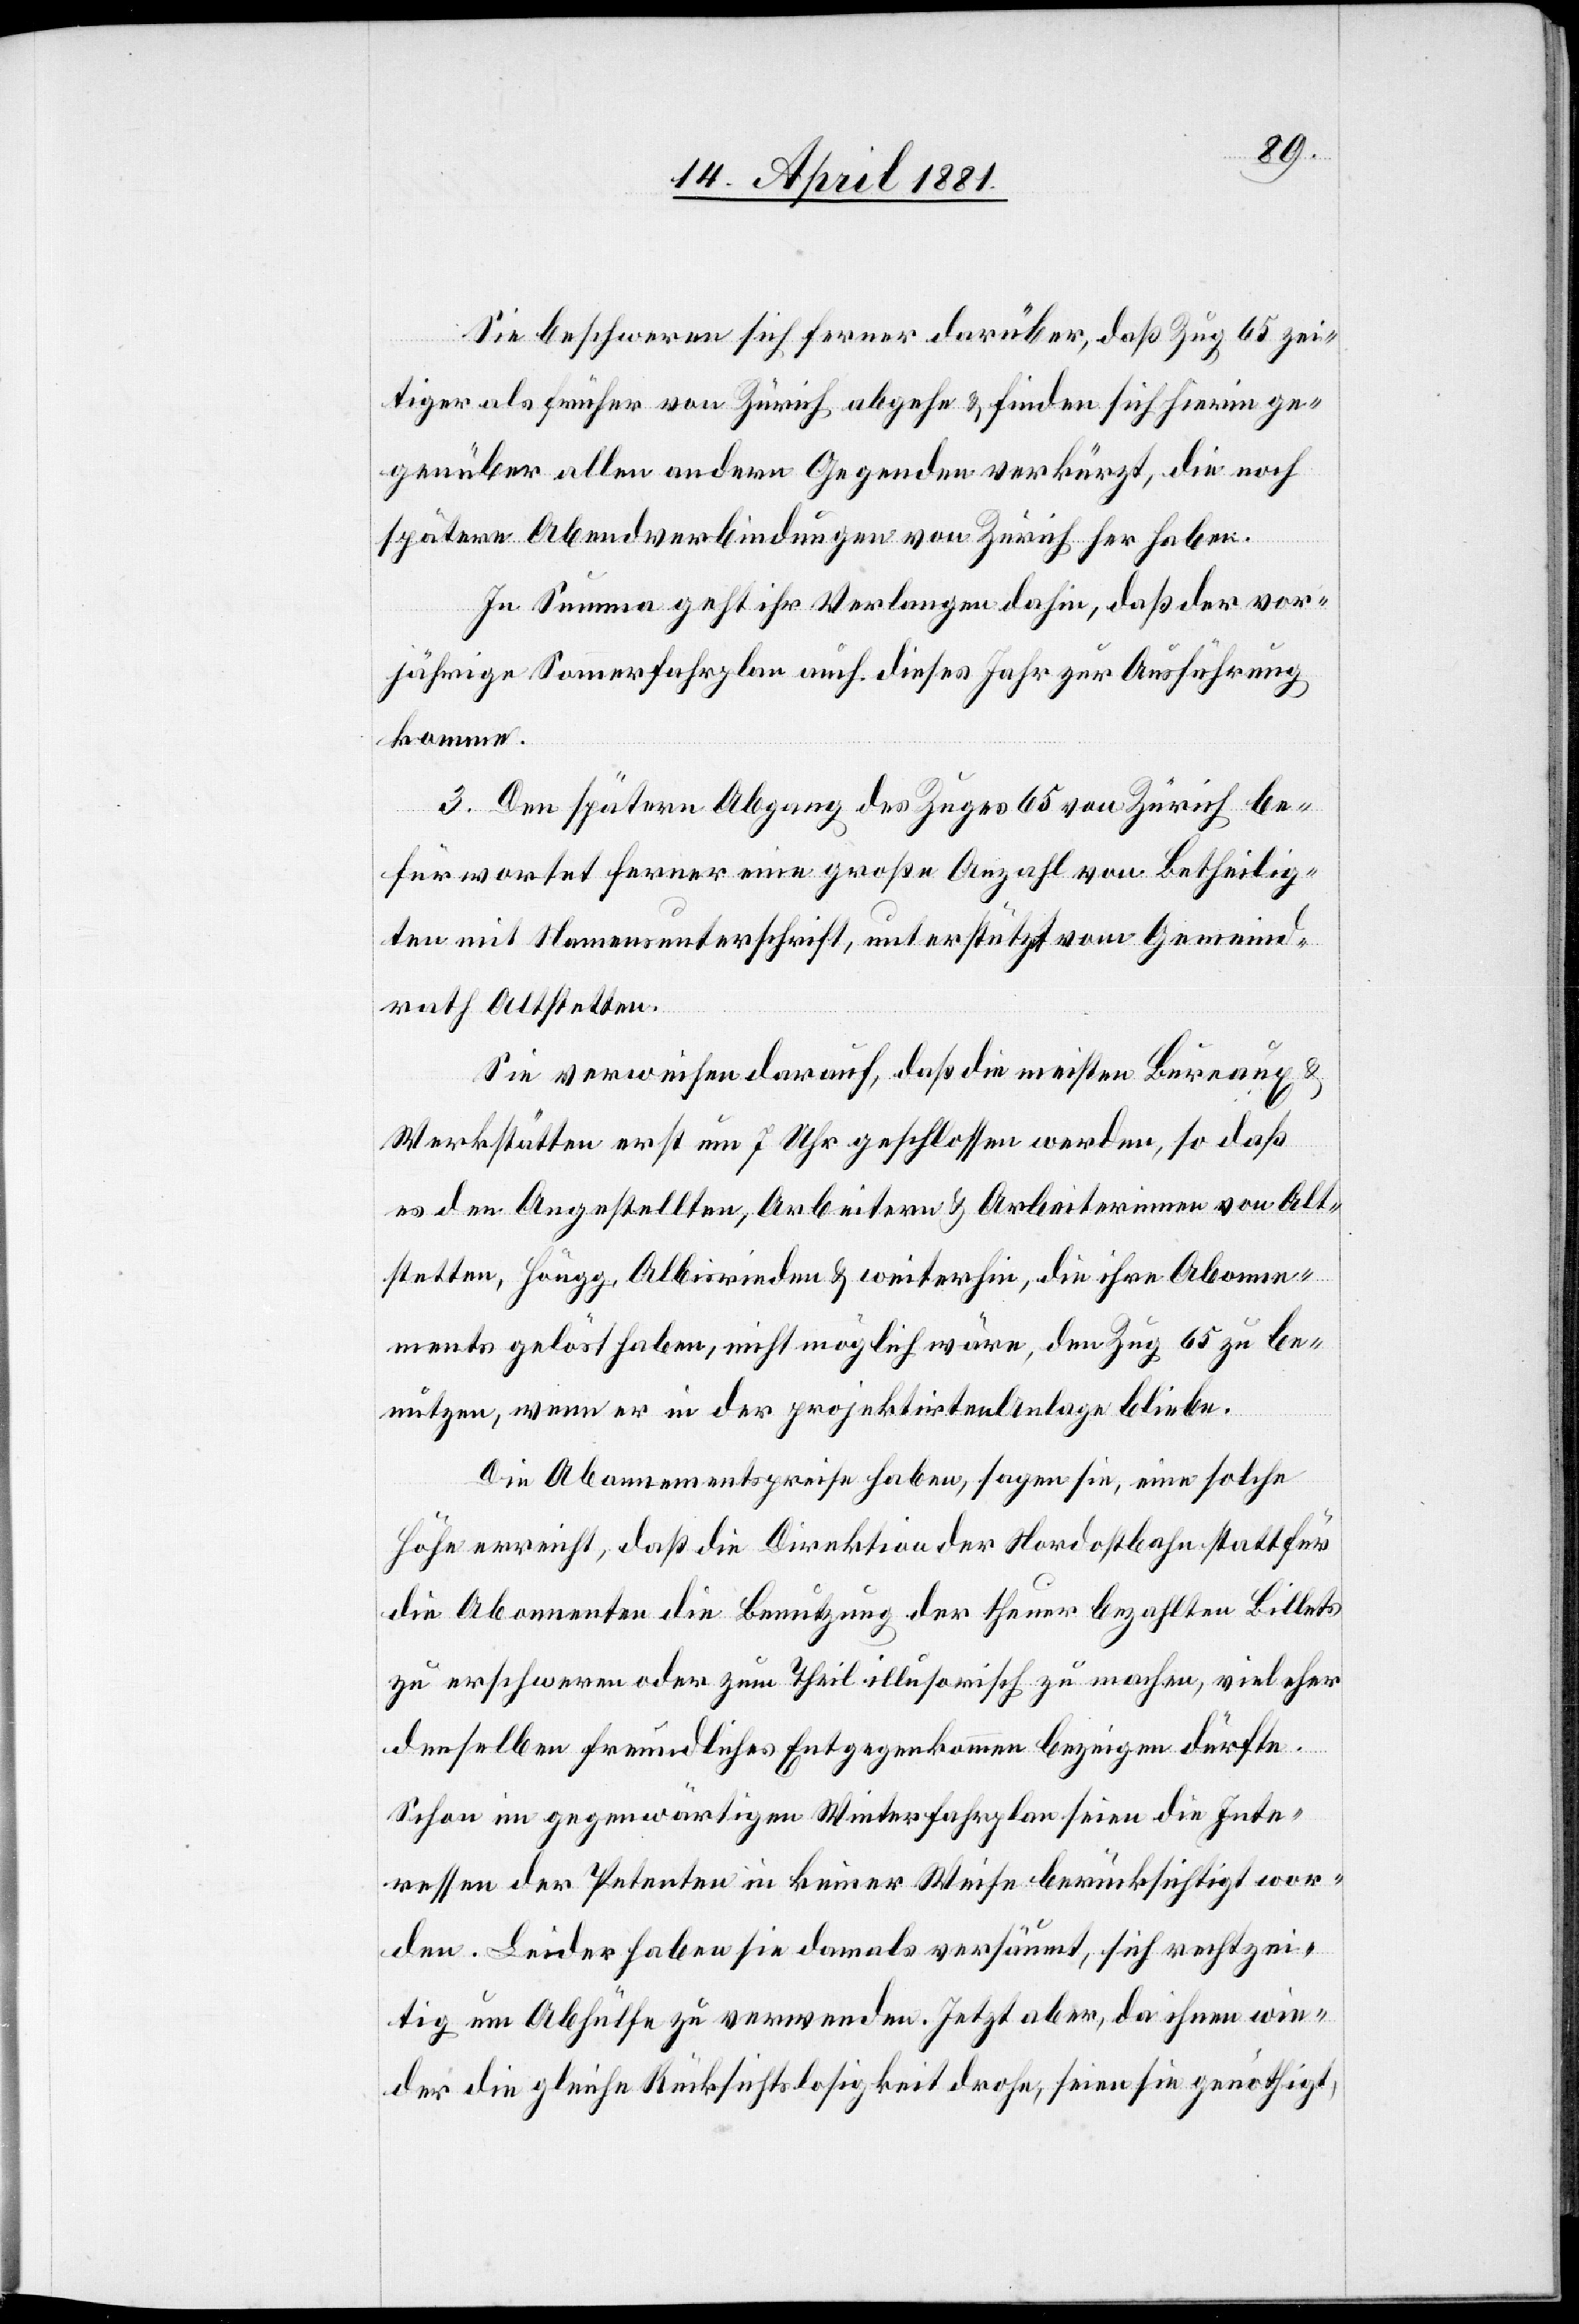
Sie beschweren sich ferner darüber, daß Zug 65 zei¬
tiger als früher von Zürich abgehe & finden sich hierein ge¬
genüber allen anderen Gegenden verkürzt, die noch
spätere Abendverbindung von Zürich her haben.
In Summa geht ihr Verlangen dahin, daß der vor¬
jährige Sommerfahrplan auch dieses Jahr zur Ausführung
komme.
3. Den spätern Abgang des Zuges 65 von Zürich be¬
fürwortet ferner eine große Anzahl von Betheilig¬
ten mit Namensunterschrift, unterstützt vom Gemeind¬
rath Altstetten.
Ein verweisen darauf, daß die meisten Bureaux
Werkstätten erst um 7 Uhr geschlossen werden, so daß
es den Angestellten, Arbeitern & Arbeiterinnen von Alt¬
stetten, Höngg, Albisrieden & weiterhin, die ihre Abonne¬
ments gelöst haben, nicht möglich wäre, den Zug 65 zu be¬
nützen, wenn es in der projektirten Anlage bliebe.
Die Abonnementspreise haben, sagen sie, eine solche
Höhe erreicht, daß die Direktion der Nordostbahn statt für
die Abonnenten die Benutzung der theuer bezahlten Billets
zu erschweren oder zum Theil illusorisch zu machen, viel eher
denselben freundliches Entgegenkommen bezeigen dürfte.
Schon im gegenwärtigen Winterfahrplan seien die Inte¬
ressen der Petenten in keiner Weise berücksichtigt wor¬
den. Leider haben sie damals versäumt, sich rechtzei¬
tig um Abhülfe zu verwenden. Jetzt aber, da ihnen wie¬
der die gleiche Rücksichtslosigkeit drohe, seien sie genöthigt,